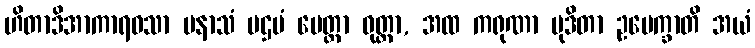
ဟိတာဒိအာကာရဝသာ ပနာသံ ပဌမံ မေတ္တာ ဝုတ္တာ, အထ ကရုဏာ မုဒိတာ ဥပေက္ခာတိ အယံ